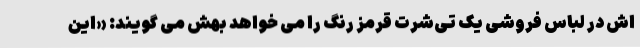
اش در لباس فروشی یک تی‌شرت قرمز رنگ را می خواهد بهش می گویند: «این